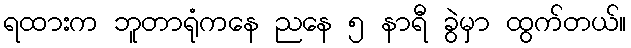
ရထားက ဘူတာရုံကနေ ညနေ ၅ နာရီ ခွဲမှာ ထွက်တယ်။